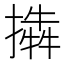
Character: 𢵜